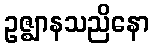
ဥဇ္ဈာနသညိနော